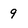
Character: g